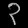
Digit: ၃